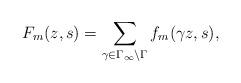
LaTeX: \begin{align*}F_{m}(z,s) = \sum_{\gamma\in \Gamma_\infty \backslash \Gamma} f_m(\gamma z,s),\end{align*}